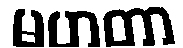
မဟတာ